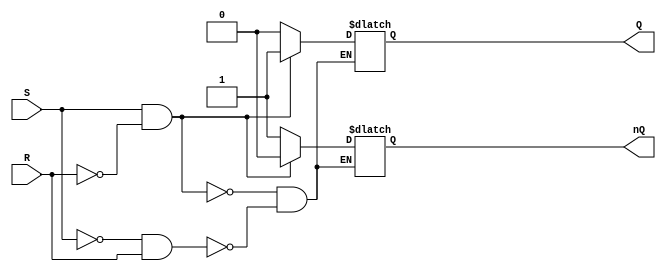
module sr_latch(
    input S,
    input R,
    output reg Q,
    output reg nQ
);

always @ (S, R)
begin
    if (S && !R)
        begin
            Q <= 1'b1;
            nQ <= 1'b0;
        end
    else if (!S && R)
        begin
            Q <= 1'b0;
            nQ <= 1'b1;
        end
end

endmodule